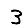
Digit: 3